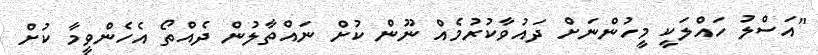
"އަސްލު ހައްލަކީ މީހުންނަށް ދައުވާކުރުމެއް ނޫން ކުށް ނައްތާލުން ދެއްތޯ އެހެންވީމާ ކުށް